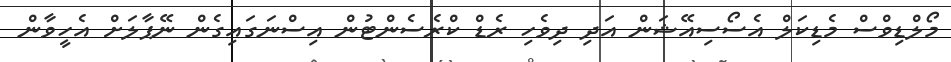
މޯލްޑިވްސް މެޑިކަލް އެސޯސިއޭޝަން އަދި ދިވެހި ރެޑް ކްރެސެންޓުން އިސްނަގައިގެން ނޭޕާލަށް އެހީވާން